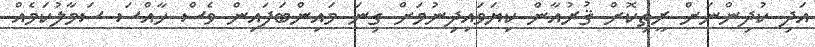
އަދި ކުދިންނަށް ރީތިކޮށް ޤުރުއާން ކިޔަވައިދިނުމަށް ގިނަ މައިންބަފައިން ވެސް ހާއްސަ ސަމާލުކަމެއް